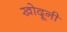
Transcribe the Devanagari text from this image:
खोदूनी